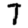
Digit: 7